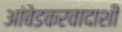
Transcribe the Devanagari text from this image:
आंबेडकरवादाशी